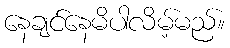
နေချင်နေမိပါလိမ့်မည်။